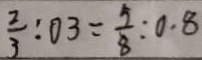
\frac { 2 } { 3 } : 0 3 = \frac { 5 } { 8 } : 0 . 8